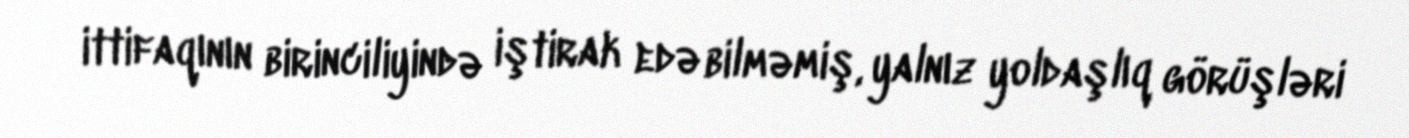
ittifaqının birinciliyində iştirak edə bilməmiş, yalnız yoldaşlıq görüşləri